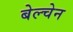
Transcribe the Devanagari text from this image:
बेल्चेन